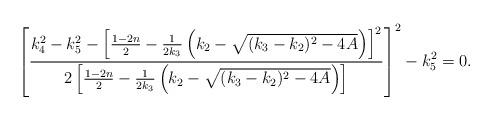
LaTeX: \begin{align*}\left[\frac{k_4^2-k_5^2-\left[\frac{1-2n}{2}-\frac{1}{2k_3}\left(k_2-\sqrt{(k_3-k_2)^2-4A}\right)\right]^2}{2\left[\frac{1-2n}{2}-\frac{1}{2k_3}\left(k_2-\sqrt{(k_3-k_2)^2-4A}\right)\right]}\right]^2-k_5^2=0.\end{align*}